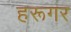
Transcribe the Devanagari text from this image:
हरूगर